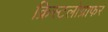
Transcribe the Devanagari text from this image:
क्रिस्टलोग्राफर